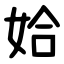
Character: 姶